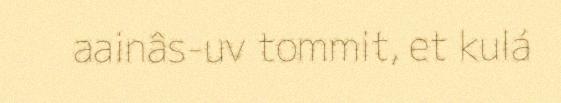
aainâs-uv tommit, et kulá